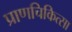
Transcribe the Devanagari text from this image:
प्राणचिकित्सा